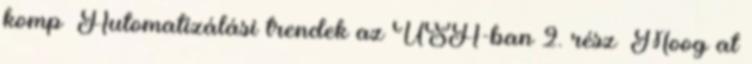
komp» Automatizálási trendek az USA-ban 2. rész» Moog at